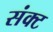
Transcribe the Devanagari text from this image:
संक्ट